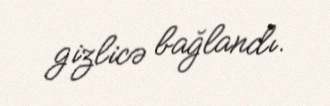
gizlicə bağlandı.